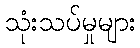
သုံးသပ်မှုများ